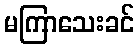
မကြာသေးခင်